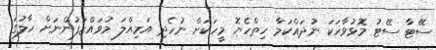
ސޭޓާ ސޭޓު މޮޅުވާހަކަ ނުދައްކަމާ ހިތްހެޔޮ މީހަކަށް ނުހެދި އަމިއްލަ މުވައްޒަފުންނަށް ހާލުގަ